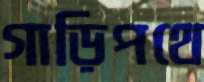
গাড়িপথে